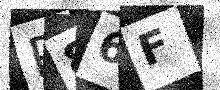
Text: P86F